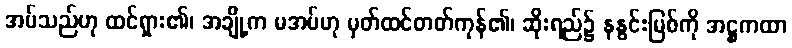
အပ်သည်ဟု ထင်ရှား၏၊ အချို့က မအပ်ဟု မှတ်ထင်တတ်ကုန်၏၊ ဆိုးရည်၌ နနွင်းမြစ်ကို အဋ္ဌကထာ